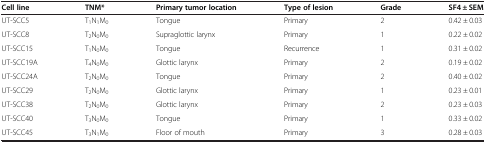
<table><thead><tr><td><b>Cell line</b></td><td><b>TNM*</b></td><td><b>Primary tumor location</b></td><td><b>Type of lesion</b></td><td><b>Grade</b></td><td><b>SF4 ± SEM</b></td></tr></thead><tbody><tr><td>UT-SCC5</td><td>T<sub>1</sub>N<sub>1</sub>M<sub>0</sub></td><td>Tongue</td><td>Primary</td><td>2</td><td>0.42 ± 0.03</td></tr><tr><td>UT-SCC8</td><td>T<sub>2</sub>N<sub>0</sub>M<sub>0</sub></td><td>Supraglottic larynx</td><td>Primary</td><td>1</td><td>0.22 ± 0.02</td></tr><tr><td>UT-SCC15</td><td>T<sub>1</sub>N<sub>0</sub>M<sub>0</sub></td><td>Tongue</td><td>Recurrence</td><td>1</td><td>0.31 ± 0.02</td></tr><tr><td>UT-SCC19A</td><td>T<sub>4</sub>N<sub>0</sub>M<sub>0</sub></td><td>Glottic larynx</td><td>Primary</td><td>2</td><td>0.19 ± 0.02</td></tr><tr><td>UT-SCC24A</td><td>T<sub>2</sub>N<sub>0</sub>M<sub>0</sub></td><td>Tongue</td><td>Primary</td><td>2</td><td>0.40 ± 0.02</td></tr><tr><td>UT-SCC29</td><td>T<sub>2</sub>N<sub>0</sub>M<sub>0</sub></td><td>Glottic larynx</td><td>Primary</td><td>1</td><td>0.23 ± 0.01</td></tr><tr><td>UT-SCC38</td><td>T<sub>2</sub>N<sub>0</sub>M<sub>0</sub></td><td>Glottic larynx</td><td>Primary</td><td>2</td><td>0.23 ± 0.03</td></tr><tr><td>UT-SCC40</td><td>T<sub>3</sub>N<sub>0</sub>M<sub>0</sub></td><td>Tongue</td><td>Primary</td><td>1</td><td>0.33 ± 0.02</td></tr><tr><td>UT-SCC45</td><td>T<sub>3</sub>N<sub>1</sub>M<sub>0</sub></td><td>Floor of mouth</td><td>Primary</td><td>3</td><td>0.28 ± 0.03</td></tr></tbody></table>